Rangoon Lunatic Asylum 1893-1897 - 1893-1897
Year: 1893
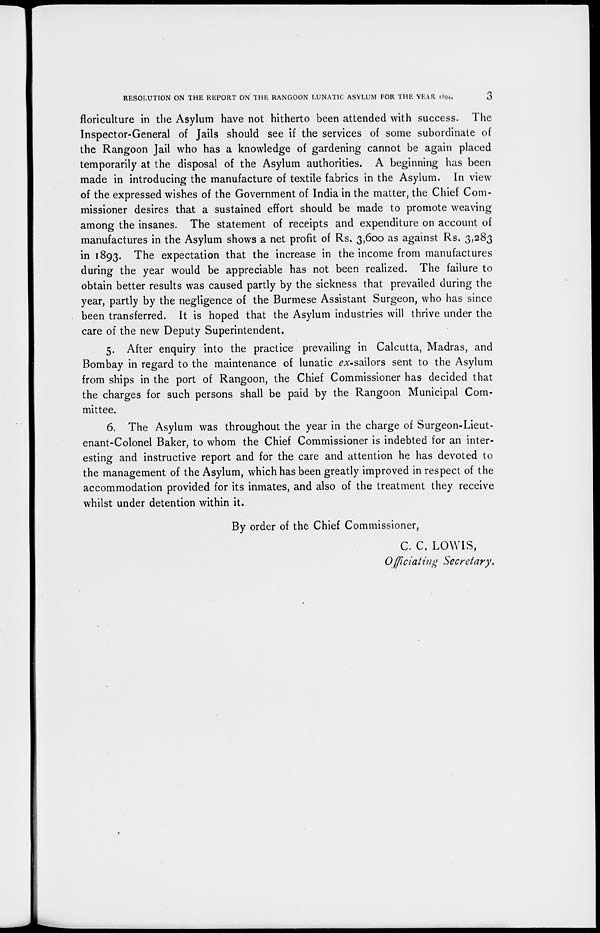
RESOLUTION ON THE REPORT ON THE RANGOON LUNATIC ASYLUM FOR THE YEAR 1894.
3
floriculture in the Asylum have not hitherto been attended with success. The
Inspector-General of Jails should see if the services of some subordinate of
the Rangoon Jail who has a knowledge of gardening cannot be again placed
temporarily at the disposal of the Asylum authorities. A beginning has been
made in introducing the manufacture of textile fabrics in the Asylum. In view
of the expressed wishes of the Government of India in the matter, the Chief Com-
missioner desires that a sustained effort should be made to promote weaving
among the insanes. The statement of receipts and expenditure on account of
manufactures in the Asylum shows a net profit of Rs. 3,600 as against Rs. 3,283
in 1893. The expectation that the increase in the income from manufactures
during the year would be appreciable has not been realized. The failure to
obtain better results was caused partly by the sickness that prevailed during the
year, partly by the negligence of the Burmese Assistant Surgeon, who has since
been transferred. It is hoped that the Asylum industries will thrive under the
care of the new Deputy Superintendent.
5. After enquiry into the practice prevailing in Calcutta, Madras, and
Bombay in regard to the maintenance of lunatic ex-sailors sent to the Asylum
from ships in the port of Rangoon, the Chief Commissioner has decided that
the charges for such persons shall be paid by the Rangoon Municipal Com-
mittee.
6. The Asylum was throughout the year in the charge of Surgeon-Lieut-
enant-Colonel Baker, to whom the Chief Commissioner is indebted for an inter-
esting and instructive report and for the care and attention he has devoted to
the management of the Asylum, which has been greatly improved in respect of the
accommodation provided for its inmates, and also of the treatment they receive
whilst under detention within it.
By order of the Chief Commissioner,
C. C. LOWIS,
Officiating Secretary.